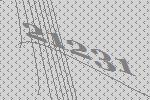
21231